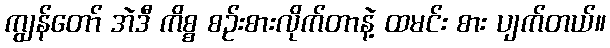
ကျွန်တော် အဲဒီ ကိစ္စ စဉ်းစားလိုက်တာနဲ့ ထမင်း စား ပျက်တယ်။